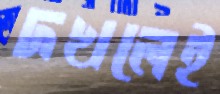
দখলেই